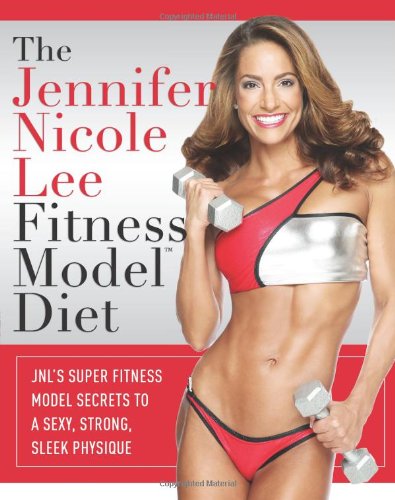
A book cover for The Jennifer Nicole Lee Fitness Model Diet: JNL's Super Fitness Model Secrets To A Sexy, Strong, Sleek Physique; Jennifer Nicole Lee; Health, Fitness & Dieting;